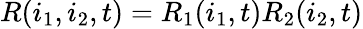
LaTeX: R(i_{1},i_{2},t)=R_{1}(i_{1},t)R_{2}(i_{2},t)